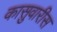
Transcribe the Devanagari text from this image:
कासुवारीस